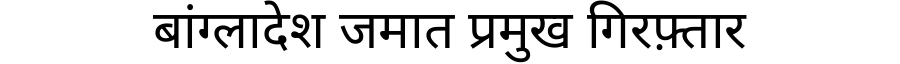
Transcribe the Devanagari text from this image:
बांग्लादेश जमात प्रमुख गिरफ़्तार